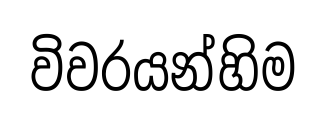
විවරයන්හිම